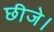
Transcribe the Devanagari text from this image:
छीजे।